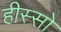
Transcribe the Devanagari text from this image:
हीस्सो